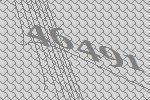
46491